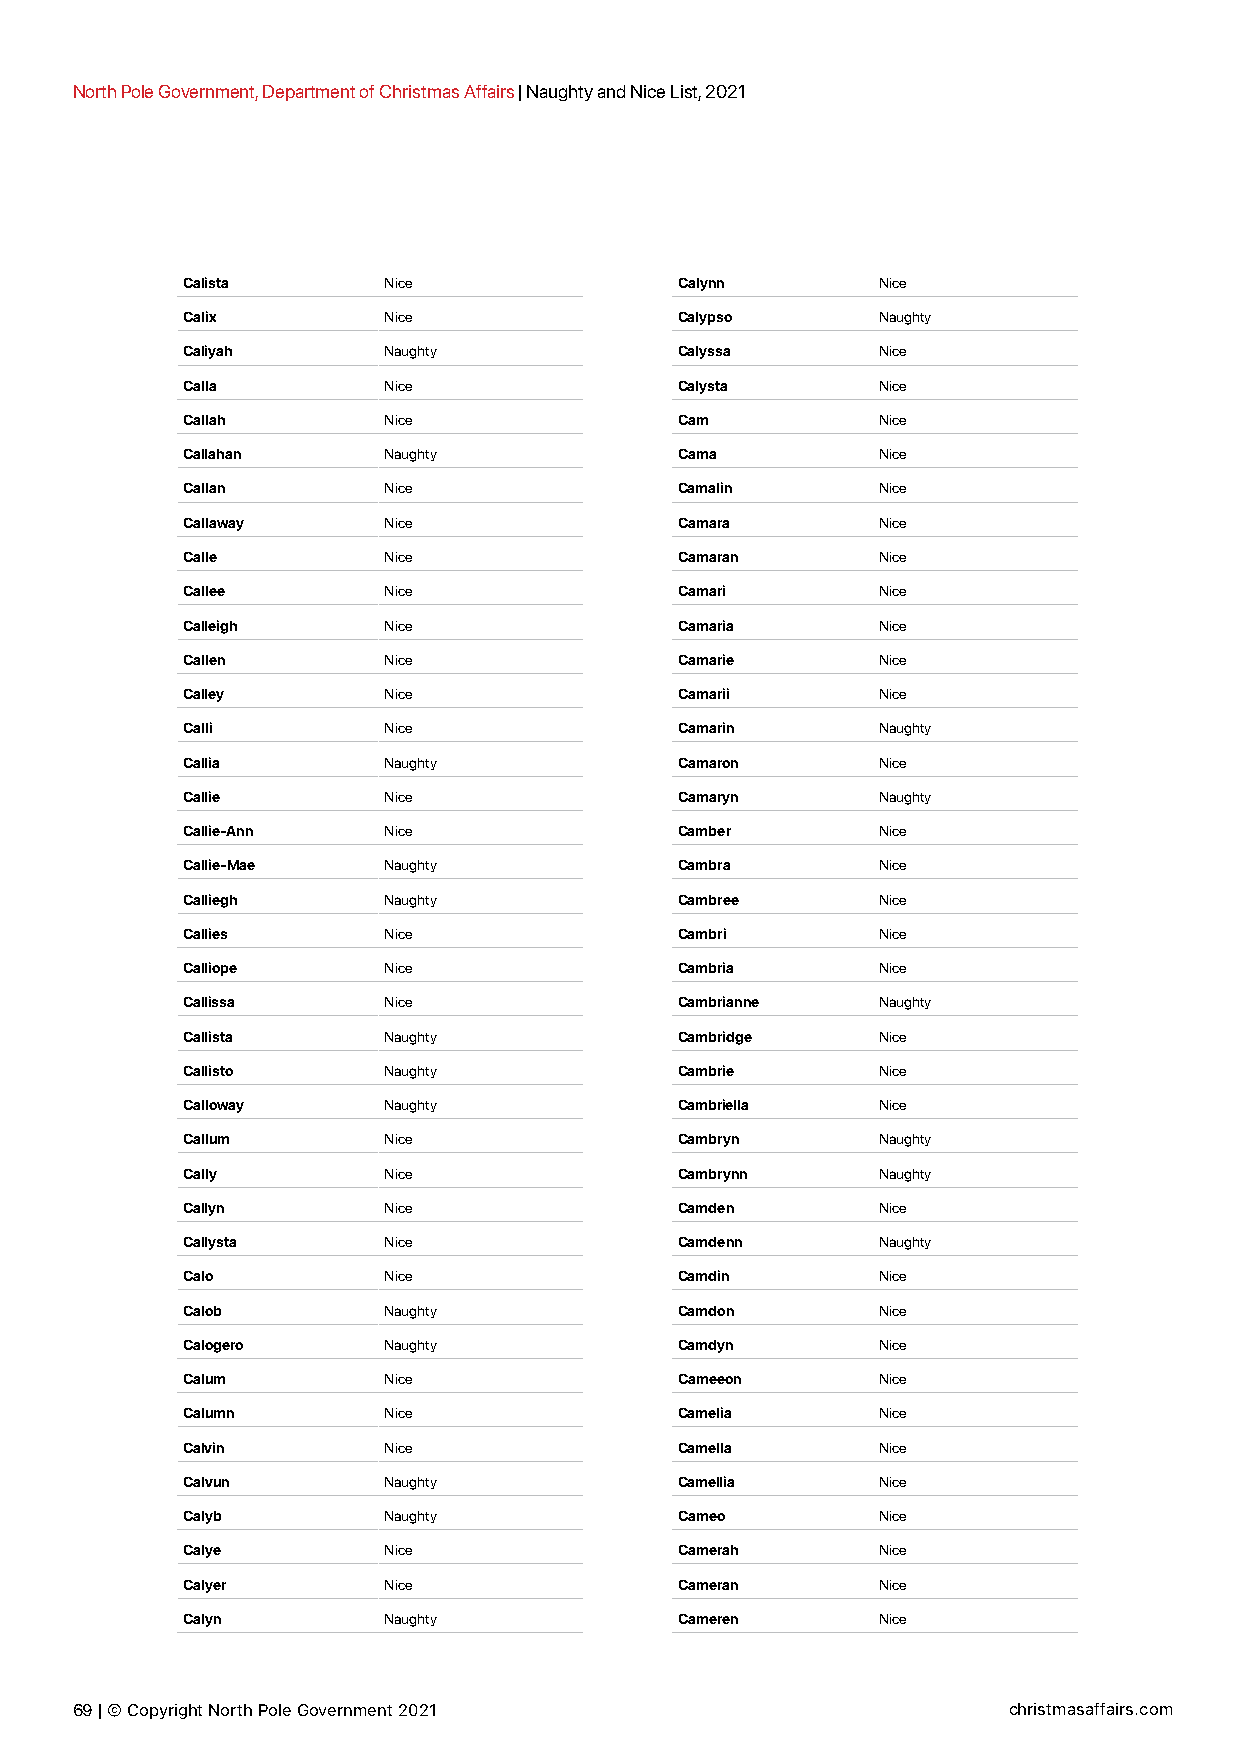
North Pole Government, Department of Christmas Affairs | Naughty and Nice List, 2021
 Calista      Nice                Calynn       Nice
 Calix        Nice                Calypso      Naughty
 Caliyah      Naughty             Calyssa      Nice
 Calla        Nice                Calysta      Nice
 Callah       Nice                Cam          Nice
 Callahan     Naughty             Cama         Nice
 Callan       Nice                Camalin      Nice
 Callaway     Nice                Camara       Nice
 Calle        Nice                Camaran      Nice
 Callee       Nice                Camari       Nice
 Calleigh     Nice                Camaria      Nice
 Callen       Nice                Camarie      Nice
 Calley       Nice                Camarii      Nice
 Calli        Nice                Camarin      Naughty
 Callia       Naughty             Camaron      Nice
 Callie       Nice                Camaryn      Naughty
 Callie-Ann   Nice                Camber       Nice
 Callie-Mae   Naughty             Cambra       Nice
 Calliegh     Naughty             Cambree      Nice
 Callies      Nice                Cambri       Nice
 Calliope     Nice                Cambria      Nice
 Callissa     Nice                Cambrianne   Naughty
 Callista     Naughty             Cambridge    Nice
 Callisto     Naughty             Cambrie      Nice
 Calloway     Naughty             Cambriella   Nice
 Callum       Nice                Cambryn      Naughty
 Cally        Nice                Cambrynn     Naughty
 Callyn       Nice                Camden       Nice
 Callysta     Nice                Camdenn      Naughty
 Calo         Nice                Camdin       Nice
 Calob        Naughty             Camdon       Nice
 Calogero     Naughty             Camdyn       Nice
 Calum        Nice                Cameeon      Nice
 Calumn       Nice                Camelia      Nice
 Calvin       Nice                Camella      Nice
 Calvun       Naughty             Camellia     Nice
 Calyb        Naughty             Cameo        Nice
 Calye        Nice                Camerah      Nice
 Calyer       Nice                Cameran      Nice
 Calyn        Naughty             Cameren      Nice
 69 | © Copyright North Pole Government 2021                   christmasaffairs.com